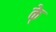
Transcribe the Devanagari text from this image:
के्